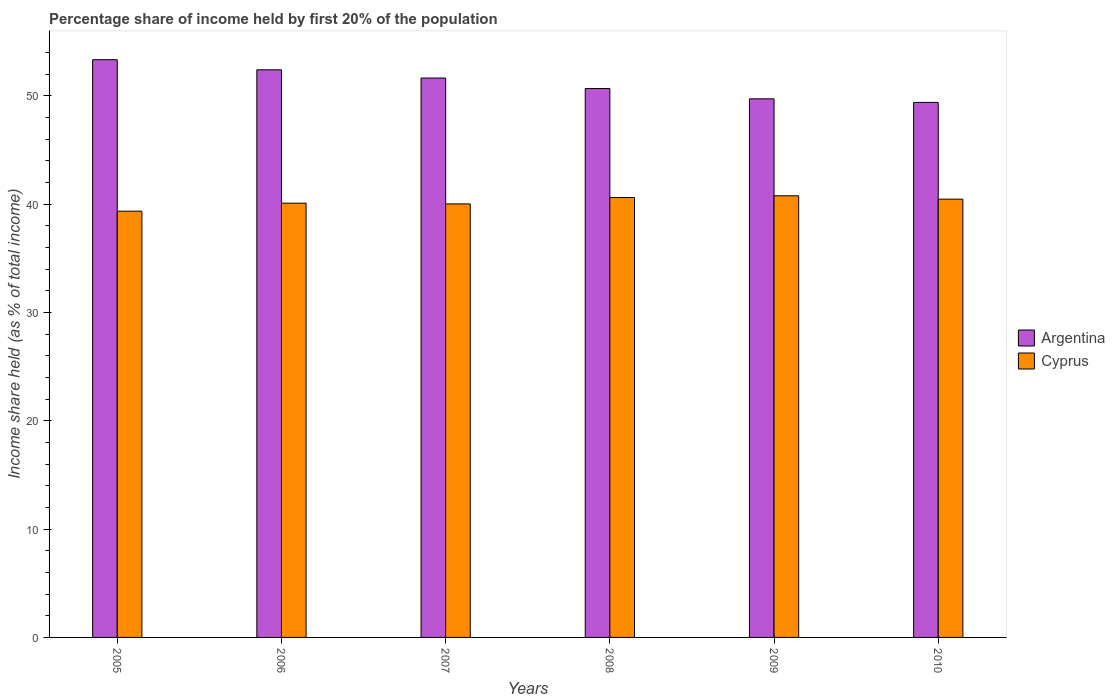
| Years | Argentina | Cyprus |
 | --- | --- | --- |
 | 2005 | 53.3 | 39.3 |
 | 2006 | 52.4 | 40.1 |
 | 2007 | 51.6 | 40 |
 | 2008 | 50.7 | 40.6 |
 | 2009 | 49.7 | 40.8 |
 | 2010 | 49.4 | 40.5 |